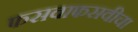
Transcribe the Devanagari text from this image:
फसवाफसवीचा